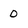
Character: 0